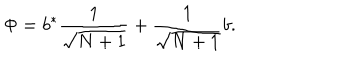
\Phi = b ^ { * } \frac { 1 } { \sqrt { N + 1 } } + \frac { 1 } { \sqrt { N + 1 } } b .